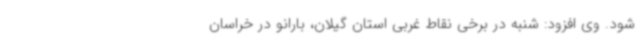
شود. وی افزود: شنبه در برخی نقاط غربی استان گیلان، بارانو در خراسان